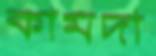
কামদা